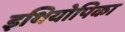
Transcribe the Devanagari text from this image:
इथियोपिका